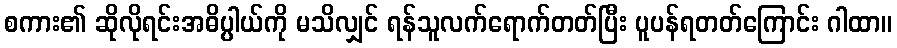
စကား၏ ဆိုလိုရင်းအဓိပ္ပါယ်ကို မသိလျှင် ရန်သူလက်ရောက်တတ်ပြီး ပူပန်ရတတ်ကြောင်း ဂါထာ။